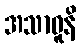
အသာဓူနိ